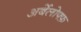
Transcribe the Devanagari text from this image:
अर्बेलोफ्फ़